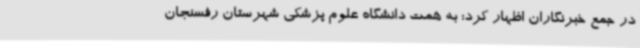
در جمع خبرنگاران اظهار کرد: به همت دانشگاه علوم پزشکی شهرستان رفسنجان